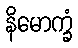
နိမောက္ခံ